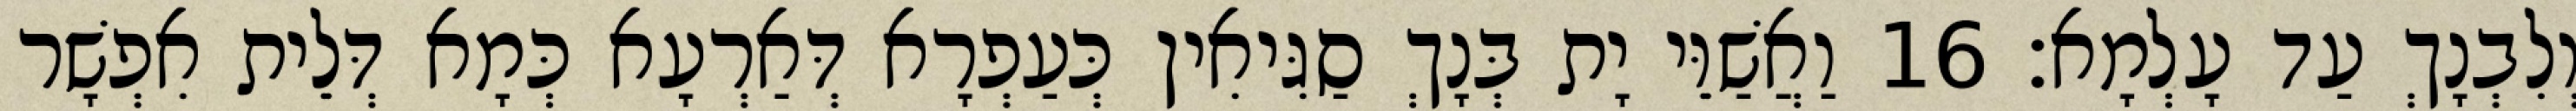
וְלִבְנָךְ עַד עָלְמָא׃ 16 וַאֲשַׁוֵּי יָת בְּנָךְ סַגִּיאִין כְּעַפְרָא דְּאַרְעָא כְּמָא דְּלֵית אִפְשָׁר